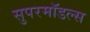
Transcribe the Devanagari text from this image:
सुपरमॉडल्स